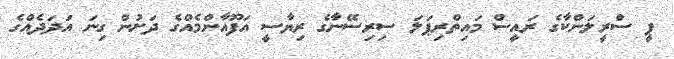
ޕީ ސްރީލަންކާގެ ރައީސް މައިތްރިޕަލަ ސިރިސޭނާގެ ރިޔާސީ އަފޫއާންމެއްގެ ދަށުން ގިނަ އަދަދެއްގެ